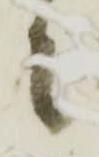
候